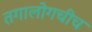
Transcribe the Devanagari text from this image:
तगालोगचीच